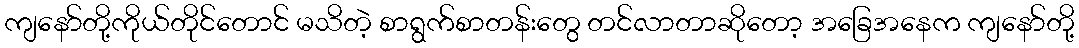
ကျနော်တို့ကိုယ်တိုင်တောင် မသိတဲ့ စာရွက်စာတန်းတွေ တင်လာတာဆိုတော့ အခြေအနေက ကျနော်တို့